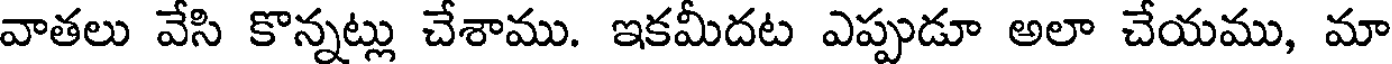
వాతలు వేసి కొన్నట్లు చేశాము. ఇకమీదట ఎప్పుడూ అలా చేయము, మా